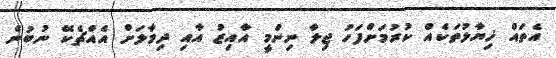
އެތައް ޚިޔާލުތަކެއް ކުރުމަށްފަހު ޖިލާ ނިންމީ އާއިޒު އާއި ދިމާލަށް އެއްޗެކޭ ނުބުނެ